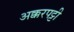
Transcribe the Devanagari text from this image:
अक्करपट्टी